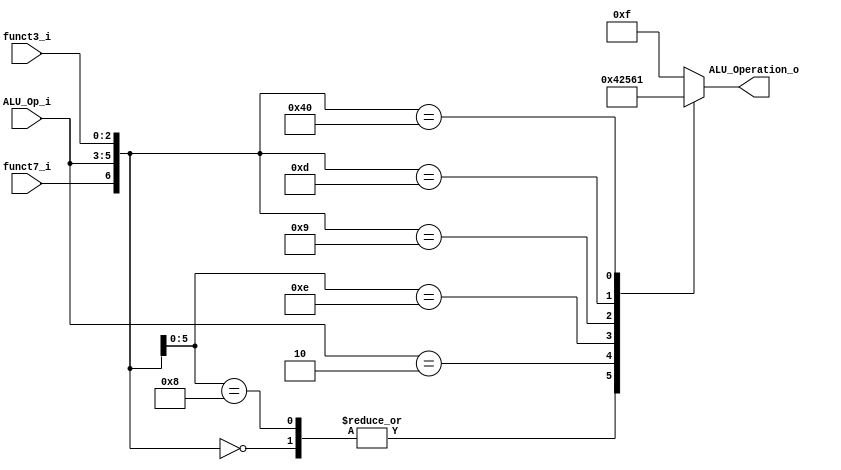
/******************************************************************
* Description
*	This is the control unit for the ALU. It receves a signal called 
*	ALUOp from the control unit and signals called funct7 and funct3  from
*	the instruction bus.
* Version:
*	1.0
* Author:
*	Dr. Jos Luis Pizano Escalante
* email:
*	luispizano@iteso.mx
* Date:
*	16/08/2021
******************************************************************/ 
module ALU_Control
(
	input funct7_i, 
	input [2:0] ALU_Op_i,
	input [2:0] funct3_i,
	

	output [3:0] ALU_Operation_o

);

localparam R_Type_ADD		= 7'b0_000_000;
localparam I_Type_ADDI		= 7'bx_001_000;
localparam U_Type_LUI		= 7'bx_010_xxx;
localparam I_Type_OR			= 7'bx_001_110;
localparam I_Type_SLL		= 7'b0_001_001;
localparam I_Type_SRL		= 7'b0_001_101;
localparam R_Type_SUB		= 7'b1_000_000;

reg [3:0] alu_control_values;
wire [6:0] selector;

assign selector = {funct7_i, ALU_Op_i, funct3_i};

always@(selector)begin
	casex(selector)
		R_Type_ADD: 	alu_control_values = 4'b0000;
		I_Type_ADDI: 	alu_control_values = 4'b0000;
		U_Type_LUI:		alu_control_values = 4'b0100;
		I_Type_OR:		alu_control_values = 4'b0010;
		I_Type_SLL: 	alu_control_values = 4'b0101;
		I_Type_SRL: 	alu_control_values = 4'b0110;
		R_Type_SUB:		alu_control_values = 4'b0001;
	

		default: alu_control_values = 4'b11_11;
	endcase
end


assign ALU_Operation_o = alu_control_values;



endmodule